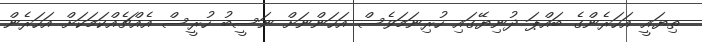
ތިޔައީ އަހަރެންގެ ބައްޕަ ދުނިޔޭގައި ހުރިނަމަވެސް އަހަންނަށް ނަސީބު ހުރީސް އެއްޗެއްކަމަކަށް އަހަރެން